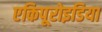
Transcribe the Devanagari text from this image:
एकिपूरोइडिया